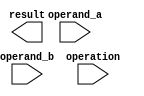
module floating_point_unit (
    input wire [63:0] operand_a,
    input wire [63:0] operand_b,
    input wire [3:0] operation,

    output wire [63:0] result
);

// Add your Verilog code here

endmodule